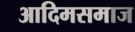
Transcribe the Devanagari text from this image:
आदिमसमाज